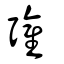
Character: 𢑆